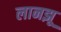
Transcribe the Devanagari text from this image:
लानझू